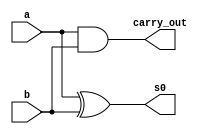
// ------------------------- 
// Exemplo00039 - FULL SUB 
// Nome: Roger Rubens Machado
// ------------------------- 

// half adder 
	
module halfAdder( s0,carry_out, a, b);
	input a, b;
	output s0, carry_out;
	
	xor XOR1(s0, a, b);
	and AND1(carry_out, a, b);

endmodule 

// half Subtractor
	
module halfSub( s0,s1, a, b);
	input a, b;
	output s0, s1;
	
	xor XOR1(s0, a, b);
	and AND1(s1, ~a, b);

endmodule 
	 
// full Subtractor	
	
module fullSub(s0, s1, a, b, c);
	
	input a, b, c;
	output s0, s1;
	wire f0, f1, f2;
	
	halfAdder HA1(f0, f1, a, b);
	halfAdder HA2(s0, f2, c, f0);
	or OR1(s1, f2, f1);
	
endmodule

// full subtractor 4 bits	

module fullSub4 (output [3:0]s,
	output carryOut, 
	input [3:0]a, 
	input [3:0]b); 
	
	// descrever por portas
	wire carry_in;
	wire carry_in1;
	wire carry_in2;
	
	
	halfSub HS1(s[0], carry_in, a[0], b[0]);
	fullSub FS1(s[1], carry_in1, a[1], b[1], carry_in);
	fullSub FS2(s[2], carry_in2, a[2], b[2], carry_in1);	
	fullSub FS3(s[3], carryOut, a[3], b[3],carry_in2);
	
	

// descrever por portas 
	endmodule // fullSub 
	module test_fullSub4; 

	reg [3:0] x; 
	reg [3:0] y; 
	reg carry; 
	wire [3:0] sub; 
	 
initial begin 
	$display("Exemplo00039 - Roger Rubens Machado - 430533"); 
	$display("Test ALU's full subtractor"); 
	
	#1 x = 1101; y = 0001;
	
	$monitor("x = %3b \t y = %3b\t  saida = %3b\n",x,y,sub);
	#1 x = 0001; y = 0001;
	#1 x = 0011; y = 0001;
	#1 x = 1110; y = 1100;  
	
end 
endmodule // test_fullAdder